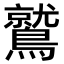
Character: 鷲